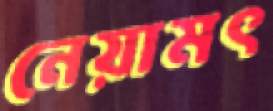
নেয়ামৎ